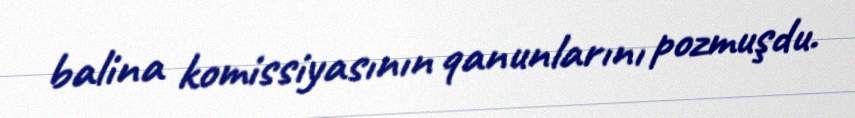
balina komissiyasının qanunlarını pozmuşdu.